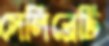
সেলিব্রেটি